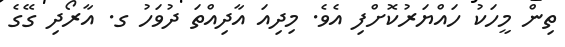
ތިން މީހަކު ހައްޔަރުކޮށްފި އެވެ. މިދިއަ އާދިއްތަ ދުވަހު ގ. އާރޯދި ގޭގެ